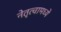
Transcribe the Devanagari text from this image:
नेतृत्वामध्ये